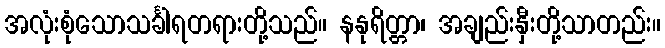
အလုံးစုံသောသင်္ခါရတရားတို့သည်။ နနုရိတ္တာ၊ အချည်းနှီးတို့သာတည်း။